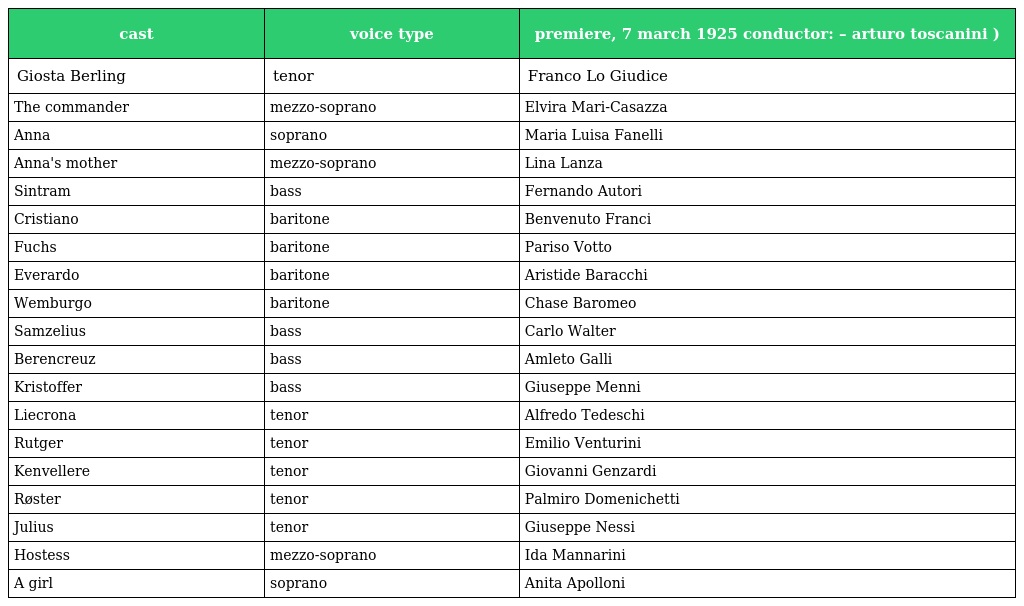
| cast | voice type | premiere, 7 march 1925 conductor: – arturo toscanini ) |
 | --- | --- | --- |
 | Giosta Berling | tenor | Franco Lo Giudice |
 | The commander | mezzo-soprano | Elvira Mari-Casazza |
 | Anna | soprano | Maria Luisa Fanelli |
 | Anna's mother | mezzo-soprano | Lina Lanza |
 | Sintram | bass | Fernando Autori |
 | Cristiano | baritone | Benvenuto Franci |
 | Fuchs | baritone | Pariso Votto |
 | Everardo | baritone | Aristide Baracchi |
 | Wemburgo | baritone | Chase Baromeo |
 | Samzelius | bass | Carlo Walter |
 | Berencreuz | bass | Amleto Galli |
 | Kristoffer | bass | Giuseppe Menni |
 | Liecrona | tenor | Alfredo Tedeschi |
 | Rutger | tenor | Emilio Venturini |
 | Kenvellere | tenor | Giovanni Genzardi |
 | Røster | tenor | Palmiro Domenichetti |
 | Julius | tenor | Giuseppe Nessi |
 | Hostess | mezzo-soprano | Ida Mannarini |
 | A girl | soprano | Anita Apolloni |